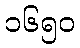
၁၆၅၀